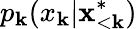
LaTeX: p_{\mathbf{k}}(x_{\mathbf{k}}|\mathbf{{x}}_{<\mathbf{k}}^{*})